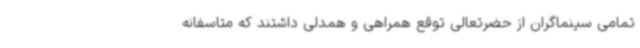
تمامی سینماگران از حضرتعالی توقع همراهی و همدلی داشتند که متاسفانه